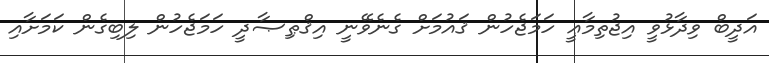
އަދީބް ވިދާޅުވީ އިޖުތިމާޢީ ހަމަޖެހުން ޤައުމަށް ގެނެވޭނީ އިޤްޠިޞާދީ ހަމަޖެހުން ލިބިގެން ކަމަށާއި